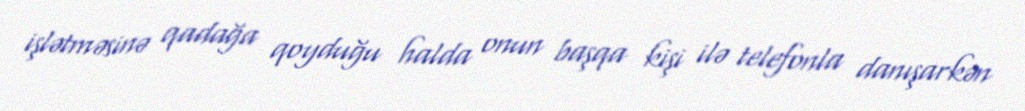
işlətməsinə qadağa qoyduğu halda onun başqa kişi ilə telefonla danışarkən